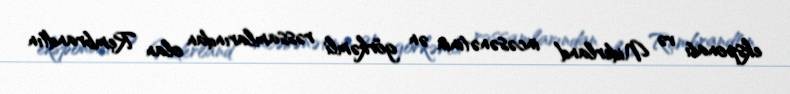
eksponatı və Niderland incəsənətinin ən görkəmli rəssamlarından olan Rembrandtın